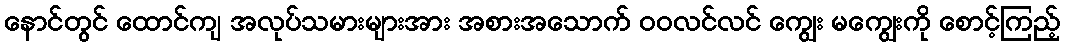
နောင်တွင် ထောင်ကျ အလုပ်သမားများအား အစားအသောက် ဝဝလင်လင် ကျွေး မကျွေးကို စောင့်ကြည့်